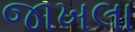
જાખલા